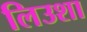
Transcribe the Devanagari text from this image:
लिउशा